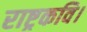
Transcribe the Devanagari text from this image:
राष्ट्रकवि।